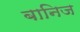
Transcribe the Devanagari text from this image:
बानिज